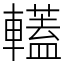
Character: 䡷